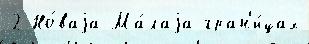
2 Но́ваjа Ма́лаjа гран'и́цах